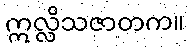
ဣလ္လိသဇာတက။